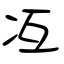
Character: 冱